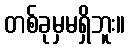
တစ်ခုမှမရှိဘူး။